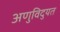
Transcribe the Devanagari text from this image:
अणुविदुयत